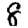
Digit: 8